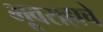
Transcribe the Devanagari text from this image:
भूवराहाचे